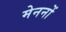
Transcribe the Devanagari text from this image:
मेननों